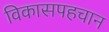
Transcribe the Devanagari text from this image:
विकासपहचान